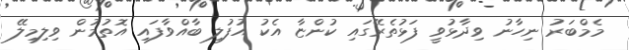
މެމްބަރު ނިހާނު ވިދާޅުވީ ފަޅުތެރޭގައި ކުންޏާ އެކު އުފުލި ބާއްވާފައި އޮތުމުން ވިލިމިލޭ